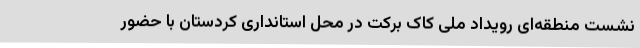
نشست منطقه‌ای رویداد ملی کاک برکت در محل استانداری کردستان با حضور